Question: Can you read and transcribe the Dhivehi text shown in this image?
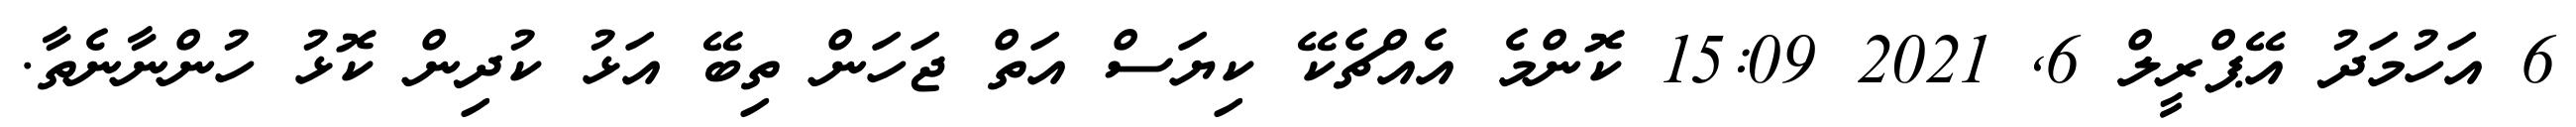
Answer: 6 އަހުމަދު އޭޕްރީލް 6, 2021 15:09 ކޮންމެ އެއްޗެކޭ ކިޔަސް އަތް ޖަހަން ތިބޭ އަޅު ކުދިން ކޮޅު ހުންނާނެތާ.